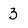
Character: 3